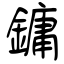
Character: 鏞